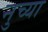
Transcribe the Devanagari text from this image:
नुच्या